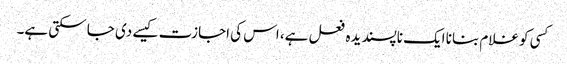
کسی کو غلام بنانا ایک ناپسندیدہ فعل ہے، اس کی اجازت کیسے دی جا سکتی ہے۔